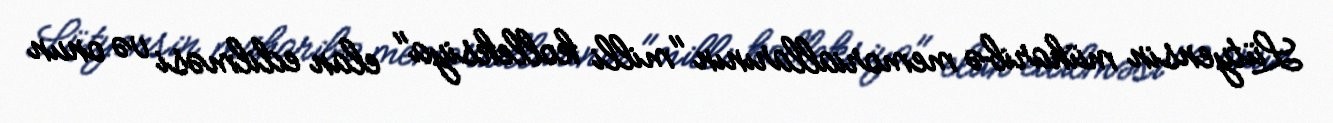
Lütyensin müharibə memoriallarının "milli kolleksiya" elan edilməsi və onun